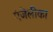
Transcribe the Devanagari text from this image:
एंजेलीका